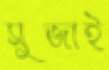
সুজাই